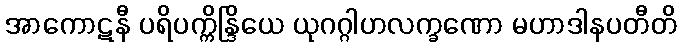
အာကောဋနီ ပရိပက္ကိန္ဒြိယေ ယုဂဂ္ဂါဟလက္ခဏော မဟာဒါနပတီတိ